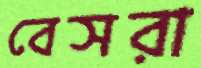
বেসরা